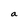
Character: a